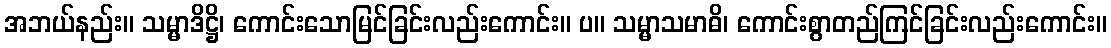
အဘယ်နည်း။ သမ္မာဒိဋ္ဌိ၊ ကောင်းသောမြင်ခြင်းလည်းကောင်း။ ပ။ သမ္မာသမာဓိ၊ ကောင်းစွာတည်ကြင်ခြင်းလည်းကောင်း။